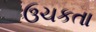
ઉચકતા